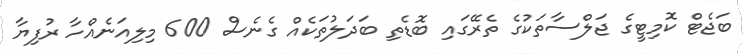
ބަޖެޓް ކޮމިޓީގެ ޖަލްސާތަކުގެ ތެރޭގައި ބޮޑެތި ބަދަލުތަކެއް ގެނެސް 600 މިލިއަނެއްހާ ރުފިޔާ